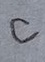
Text: C